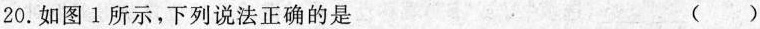
20.如图1所示，下列说法正确的是 ()